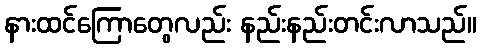
နားထင်ကြောတွေလည်း နည်းနည်းတင်းလာသည်။